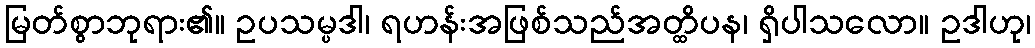
မြတ်စွာဘုရား၏။ ဥပသမ္ပဒါ၊ ရဟန်းအဖြစ်သည်အတ္ထိပန၊ ရှိပါသလော။ ဥဒါဟု၊